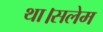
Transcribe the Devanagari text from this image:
था।सलेम